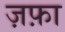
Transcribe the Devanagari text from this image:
ज़फ़ा